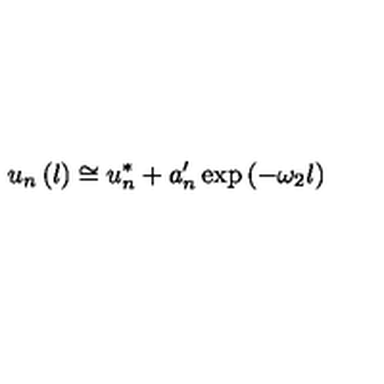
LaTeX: u _ { n } \left( l \right) \cong u _ { n } ^ { * } + a _ { n } ^ { \prime } \exp \left( - \omega _ { 2 } l \right)